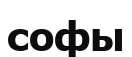
софы